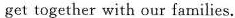
get together with our families.